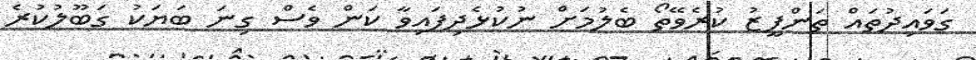
ގަވައިދުތައް ތަންފީޒު ކުރެވޭތޯ ބެލުމަށް ނުކުޅެދިފައިވާ ކަން ވެސް ގިނަ ބަޔަކު ގަބޫލުކުރެ